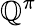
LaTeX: \mathbb{Q}^{\pi}